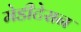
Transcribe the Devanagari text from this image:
मेडीटेसन